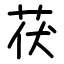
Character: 茯